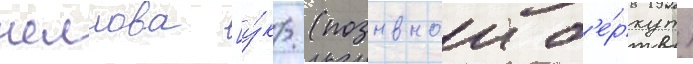
челнова [у́кр. (позывнои б'е́ркут)